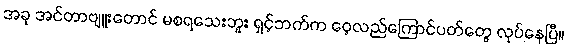
အခု အင်တာဗျူးတောင် မစရသေးဘူး ရှင့်ဘက်က ဝေ့လည်ကြောင်ပတ်တွေ လုပ်နေပြီ။